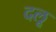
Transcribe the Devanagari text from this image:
दलू